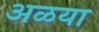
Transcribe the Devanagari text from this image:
अळया